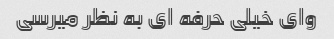
وای خیلی حرفه ای به نظر میرسی